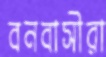
বনবাসীরা